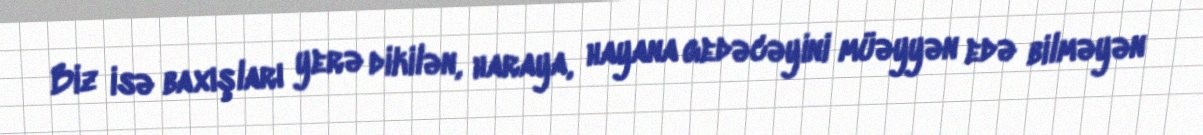
Biz isə baxışları yerə dikilən, haraya, hayana gedəcəyini müəyyən edə bilməyən